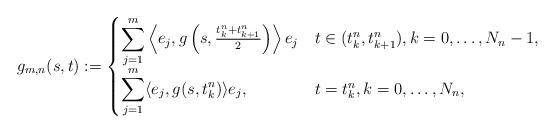
LaTeX: \begin{align*} g_{m,n}(s,t):=\begin{cases}\displaystyle \sum_{j=1}^{m} \left\langle e_j,g\left(s,\tfrac{t^n_k+t^n_{k+1}}{2}\right)\right\rangle e_j & t\in (t_{k}^n,t_{k+1}^n), k=0, \ldots, N_n-1, \\ \displaystyle\sum_{j=1}^{m} \langle e_j,g(s,t^n_k)\rangle e_j, & t=t_{k}^n, k=0, \ldots, N_n, \end{cases}\end{align*}